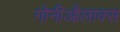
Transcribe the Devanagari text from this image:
गोनीऔलाक्स